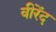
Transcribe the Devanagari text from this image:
वीरेंद